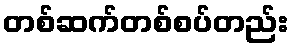
တစ်ဆက်တစ်စပ်တည်း